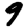
Digit: 9